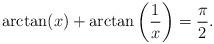
LaTeX: \begin{align*}\arctan(x)+\arctan\left(\frac1x\right)=\frac\pi2. \end{align*}